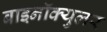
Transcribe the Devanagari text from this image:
बाइनॉक्युलर